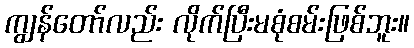
ကျွန်တော်လည်း လိုက်ပြီးမစုံစမ်းဖြစ်ဘူး။